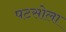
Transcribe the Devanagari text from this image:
पटसोला